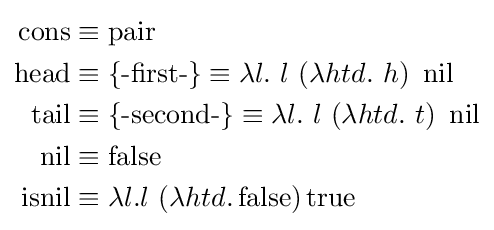
{\begin{aligned}\operatorname {cons} &\equiv \operatorname {pair} \\\operatorname {head} &\equiv \operatorname {\{-first-\}} \equiv \lambda l.\ l\ (\lambda htd.\ h)\ \operatorname {nil} \\\operatorname {tail} &\equiv \operatorname {\{-second-\}} \equiv \lambda l.\ l\ (\lambda htd.\ t)\ \operatorname {nil} \\\operatorname {nil} &\equiv \operatorname {false} \\\operatorname {isnil} &\equiv \lambda l.l\ (\lambda htd.\operatorname {false} )\operatorname {true} \\\end{aligned}}